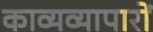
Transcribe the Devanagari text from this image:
काव्यव्यापारों